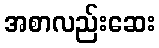
အစာလည်းဆေး